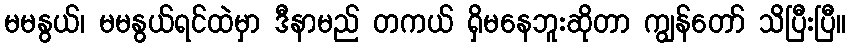
မမနွယ်၊ မမနွယ်ရင်ထဲမှာ ဒီနာမည် တကယ် ရှိမနေဘူးဆိုတာ ကျွန်တော် သိပြီးပြီ။